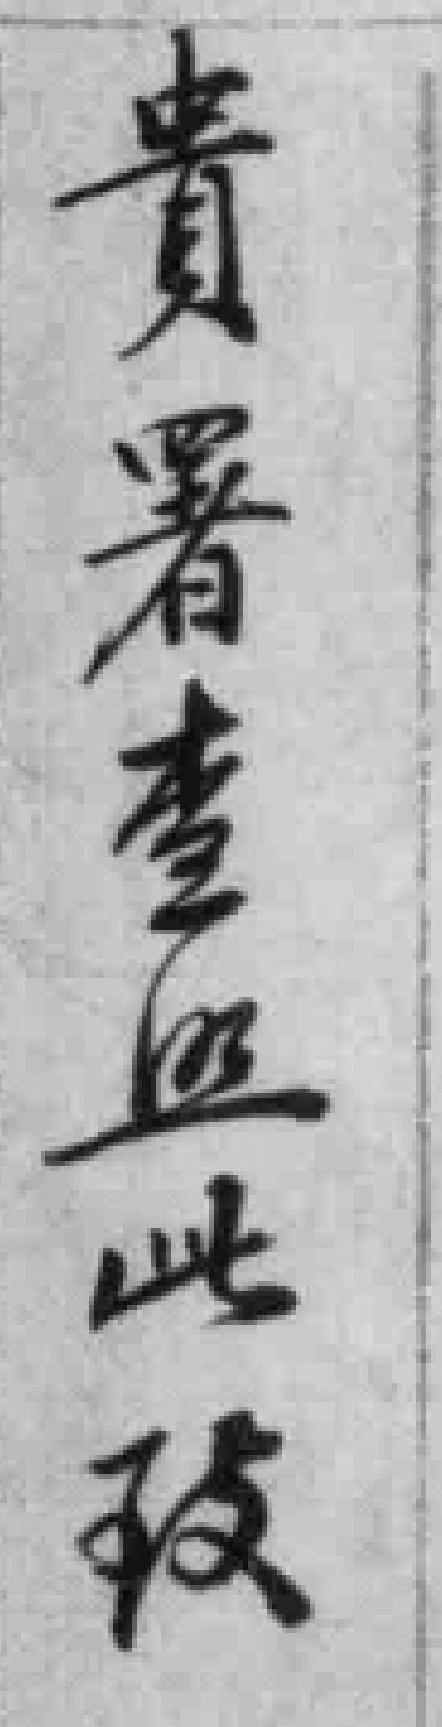
貴署查照此*